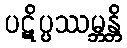
ပဋိပ္ပဿမ္ဘန္တိ